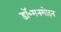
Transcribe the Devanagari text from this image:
डॉ॰मनमोहन